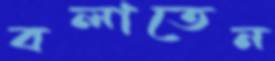
বলাতেন